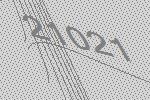
21021